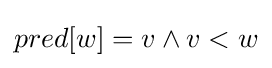
pred[w]=v\land v<w